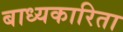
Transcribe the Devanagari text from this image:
बाध्यकारिता